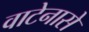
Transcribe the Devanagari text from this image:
वाटेनासे